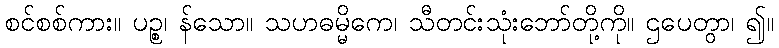
စင်စစ်ကား။ ပဉ္စ၊ န်သော။ သဟဓမ္မိကေ၊ သီတင်းသုံးဘော်တို့ကို။ ဌပေတွာ၊ ၍။